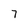
Character: 7